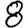
Digit: 8